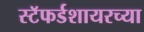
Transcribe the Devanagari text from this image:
स्टॅफर्डशायरच्या